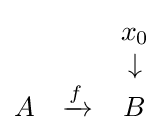
{\begin{matrix}&&x_{0}\\&&\downarrow \\A&\xrightarrow {f} &B\end{matrix}}